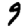
Digit: 9